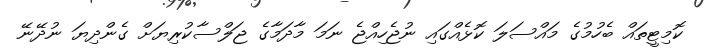
ކޮމިޓީތައް ބެހުމުގެ މައްސަލަ ކޮޅެއްގައި ނުޖެހިއްޖެ ނަމަ މާދަމާގެ ޖަލްސާކުރިޔަށް ގެންދިޔަ ނުދޭނޭ